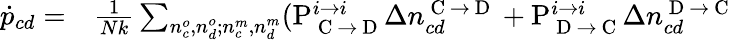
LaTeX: \begin{array}{rl}{\dot{p}_{cd}=}&{{}\frac{1}{Nk}\sum_{n_{c}^{o},n_{d}^{o};n_{c}^{m},n_{d}^{m}}(\mathrm{P}_{\mathrm{~C~}\rightarrow\mathrm{~D~}}^{i\rightarrow i}\Delta n_{cd}^{\mathrm{~C~}\rightarrow\mathrm{~D~}}+\mathrm{P}_{\mathrm{~D~}\rightarrow\mathrm{~C~}}^{i\rightarrow i}\Delta n_{cd}^{\mathrm{~D~}\rightarrow\mathrm{~C~}}}\end{array}